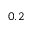
0 . 2